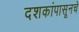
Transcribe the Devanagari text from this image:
दशकांपासूनचे